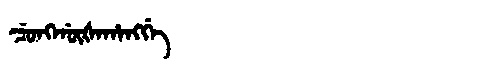
Manchu: ᠴᡠᠩᡤᡡᡧᠠᡥᠠᠩᡤᡝ
Romanization: CUNGGŪŠAHANGGE